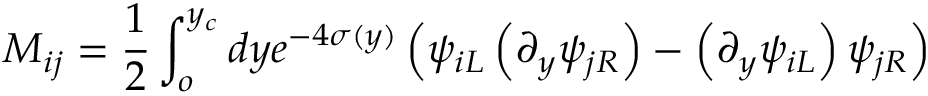
M _ { i j } = \frac { 1 } { 2 } \int _ { o } ^ { y _ { c } } d y e ^ { - 4 \sigma ( y ) } \left( \psi _ { i L } \left( \partial _ { y } \psi _ { j R } \right) - \left( \partial _ { y } \psi _ { i L } \right) \psi _ { j R } \right)